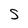
Character: S